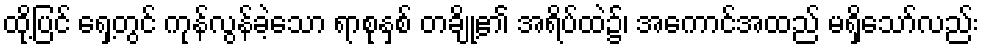
ထို့ပြင် ရှေ့တွင် ကုန်လွန်ခဲ့သော ရာစုနှစ် တချို့၏ အရိပ်ထဲ၌၊ အကောင်အထည် မရှိသော်လည်း